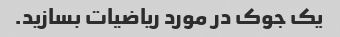
یک جوک در مورد ریاضیات بسازید.